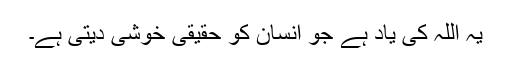
یہ اللہ کی یاد ہے جو انسان کو حقیقی خوشی دیتی ہے۔